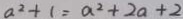
a ^ { 2 } + 1 = a ^ { 2 } + 2 a + 2